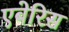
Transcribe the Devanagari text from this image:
एबेरिस